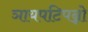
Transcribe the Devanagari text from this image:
ञायपटिपन्नो